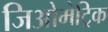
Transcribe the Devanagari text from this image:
जिओमेट्रिक